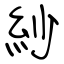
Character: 紗